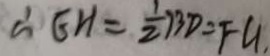
\therefore G H = \frac { 1 } { 2 } B D = F G